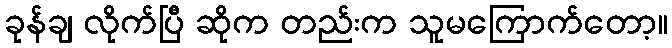
ခုန်ချ လိုက်ပြီ ဆိုက တည်းက သူမကြောက်တော့။